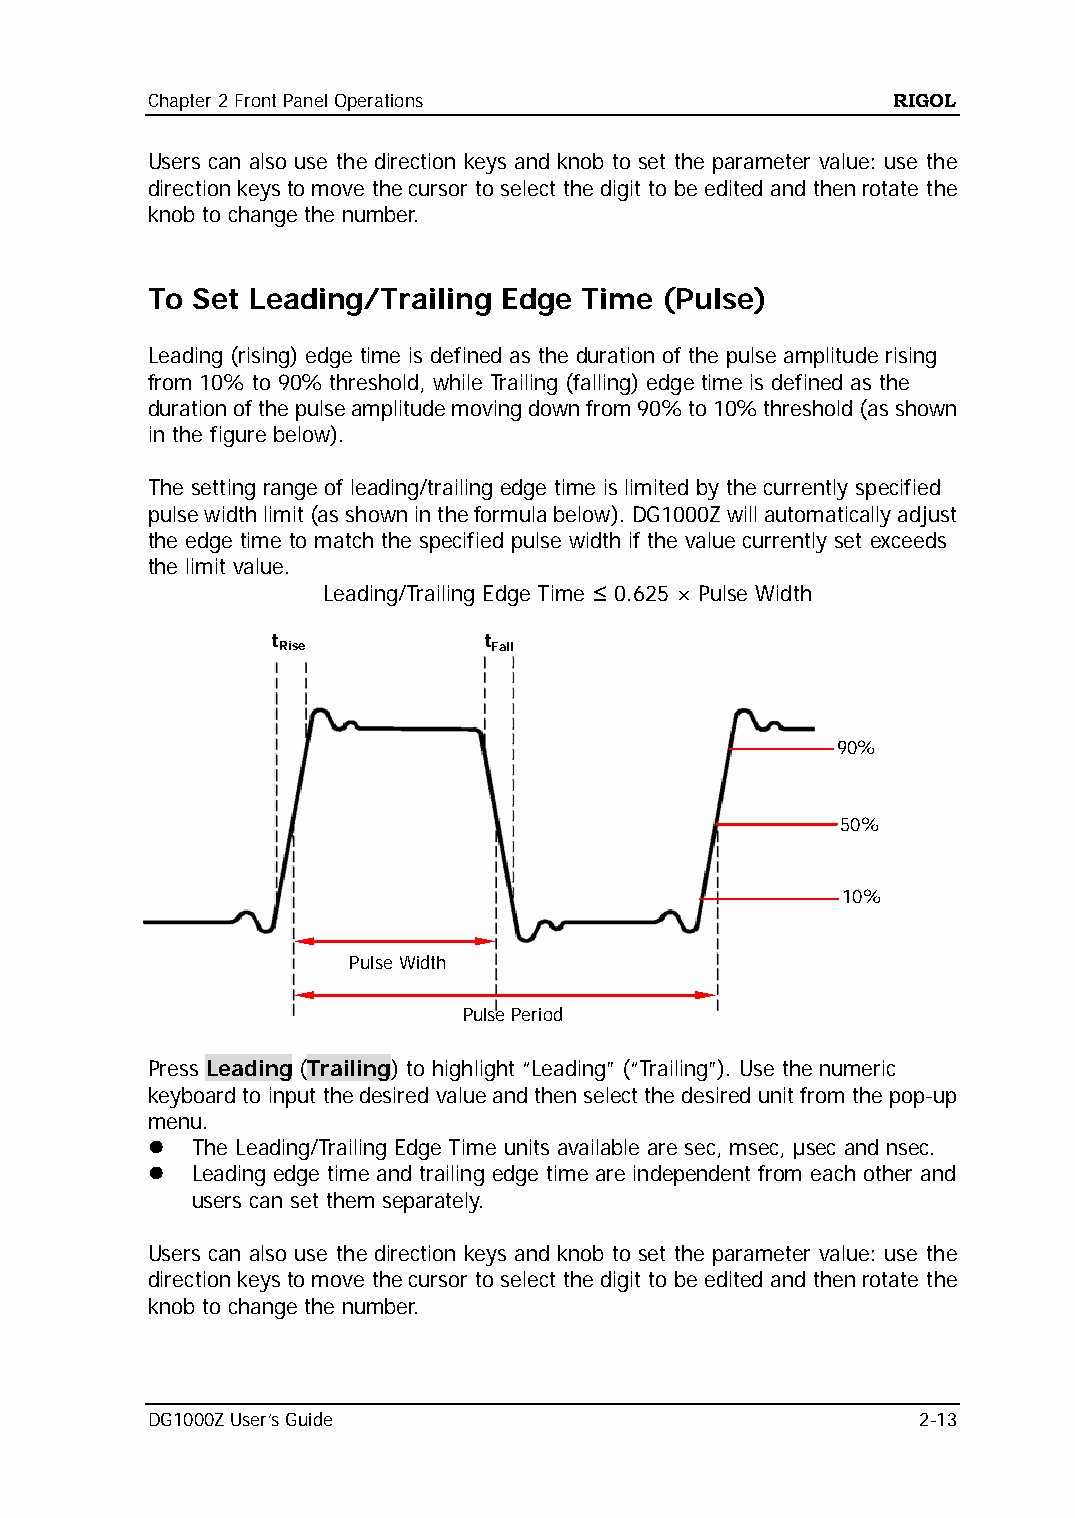
Chapter 2 Front Panel Operations                 RIGOL
 Users can also use the direction keys and knob to set the parameter value: use the
 direction keys to move the cursor to select the digit to be edited and then rotate the
 knob to change the number.
 To Set Leading/Trailing Edge Time (Pulse)
 Leading (rising) edge time is defined as the duration of the pulse amplitude rising
 from 10% to 90% threshold, while Trailing (falling) edge time is defined as the
 duration of the pulse amplitude moving down from 90% to 10% threshold (as shown
 in the figure below).
 The setting range of leading/trailing edge time is limited by the currently specified
 pulse width limit (as shown in the formula below). DG1000Z will automatically adjust
 the edge time to match the specified pulse width if the value currently set exceeds
 the limit value.
 Leading/Trailing Edge Time ≤ 0.625 × Pulse Width
 t
 Rise
 t
 Fall
 90%
 50%
 10%
 Pulse Width
 Pulse Period
 Press Leading (Trailing) to highlight “Leading” (“Trailing”). Use the numeric
 keyboard to input the desired value and then select the desired unit from the pop-up
 menu.
   The Leading/Trailing Edge Time units available are sec, msec, μsec and nsec.
   Leading edge time and trailing edge time are independent from each other and
 users can set them separately.
 Users can also use the direction keys and knob to set the parameter value: use the
 direction keys to move the cursor to select the digit to be edited and then rotate the
 knob to change the number.
 DG1000Z User’s Guide                               2-13